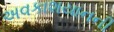
અવકાશયાનની